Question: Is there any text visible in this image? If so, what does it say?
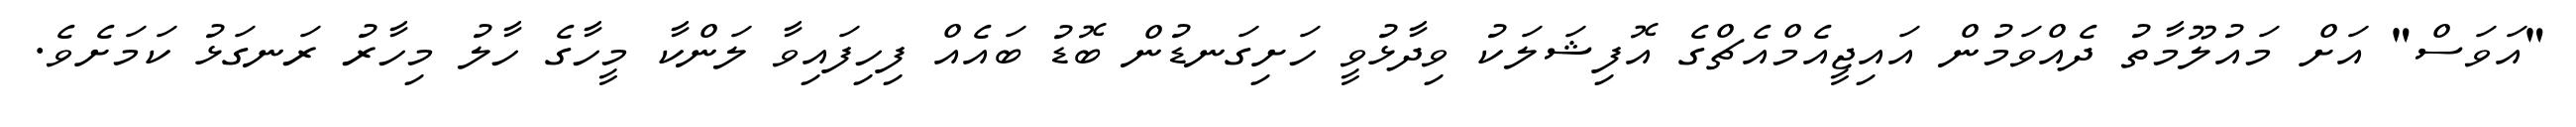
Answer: "އަވަސް" އަށް މައުލޫމާތު ދެއްވަމުން އައިޖީއެމްއެޗްގެ އޮފިޝަލަކު ވިދާޅުވީ ހަށިގަނޑުން ބޮޑު ބައެއް ފިހިފައިވާ ލަންކާ މީހާގެ ހާލު މިހާރު ރަނގަޅު ކަމަށެވެ.